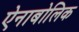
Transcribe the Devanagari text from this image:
ऐनाबोलिक